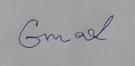
Signature authenticity: forged